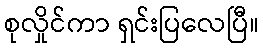
စုလှိုင်ကာ ရှင်းပြလေပြီ။